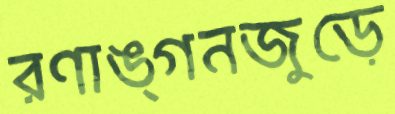
রণাঙ্গনজুড়ে